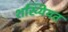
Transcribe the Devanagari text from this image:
शख्यियत